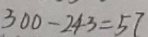
3 0 0 - 2 4 3 = 5 7